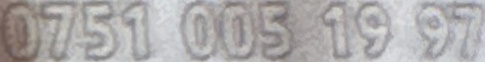
0751 005 19 97